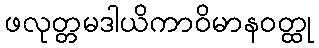
ဖလုတ္တမဒါယိကာဝိမာနဝတ္ထု